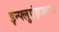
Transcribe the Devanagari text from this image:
इन्फ्लुएंझालाच